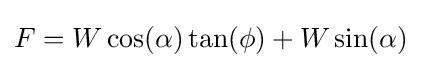
F=W\cos(\alpha )\tan(\phi )+W\sin(\alpha )